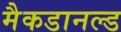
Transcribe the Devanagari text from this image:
मैकडानल्ड